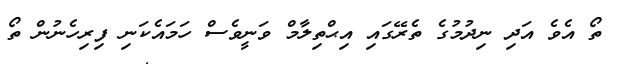
ތޯ އެވެ އަދި ނިދުމުގެ ތެރޭގައި އިޙްތިލާމް ވަނީވެސް ހަމައެކަނި ފިރިހެނުން ތޯ